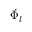
\dot { \Phi _ { l } }